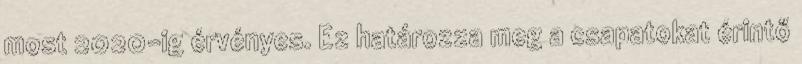
most 2020-ig érvényes. Ez határozza meg a csapatokat érintő